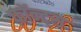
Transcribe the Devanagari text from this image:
फ़ॉन्ट्‍स